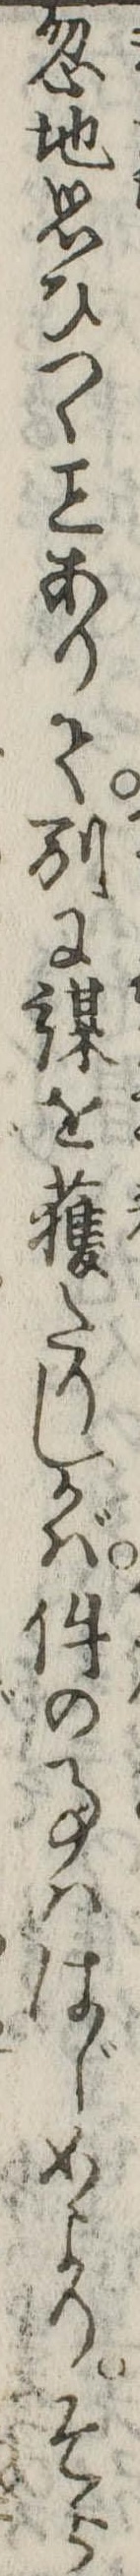
忽地思ひつくありて別に謀を獲たりしかば件の事ははじめよりそら